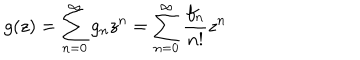
LaTeX: g ( z ) = \sum _ { n = 0 } ^ { \infty } { g _ { n } z ^ { n } } = \sum _ { n = 0 } ^ { \infty } { \frac { f _ { n } } { n ! } z ^ { n } }